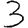
Digit: 3